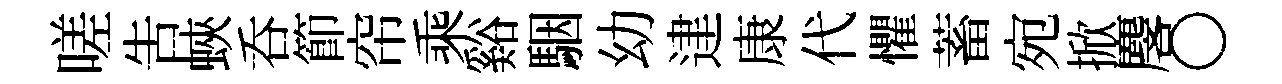
嗟告蛺呑節帘乘谿駰幼䢖康代懼蓄宛掀麐〇